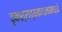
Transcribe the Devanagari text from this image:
दृकश्राव्यकथनामध्ये